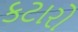
કટારો